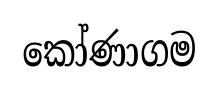
කෝණාගම